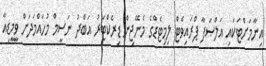
އިނާމަށްޓަކައި އަލްޞަފާ ޕްރައިވެޓް ލިމިޓެޑްގެ މެނޭޖިން ޑިރެކްޓަރު އަބްދު ނަސީމް މުހައްމަދަށް ވީމީޑިއާ